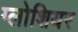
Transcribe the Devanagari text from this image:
ग्लोशियर